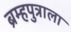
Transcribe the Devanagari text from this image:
ब्रम्हपुत्राला